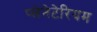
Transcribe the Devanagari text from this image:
प्‍लेनेटेरियम